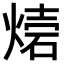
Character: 𤌫